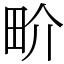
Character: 畍